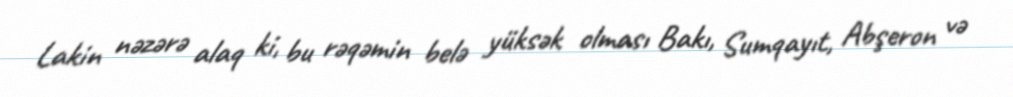
Lakin nəzərə alaq ki, bu rəqəmin belə yüksək olması Bakı, Sumqayıt, Abşeron və